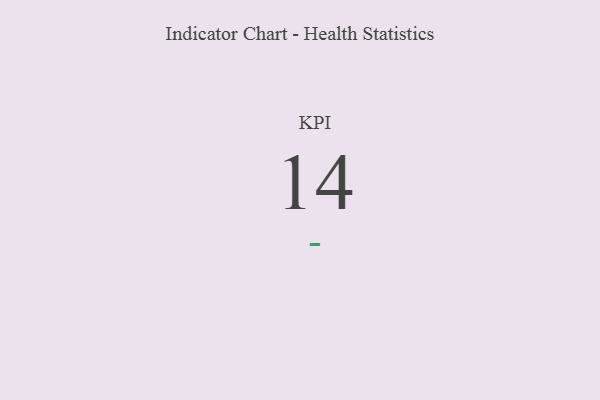
{"axis": {"x": "KPI", "y": "Value"}, "legend": [""], "data": [{"x": "KPI", "y": 14, "type": ""}]}